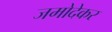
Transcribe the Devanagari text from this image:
जमोदेकर